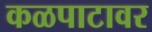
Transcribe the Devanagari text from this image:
कळपाटावर